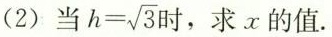
(2)当 $$h= \sqrt{3}$$时，求x的值.